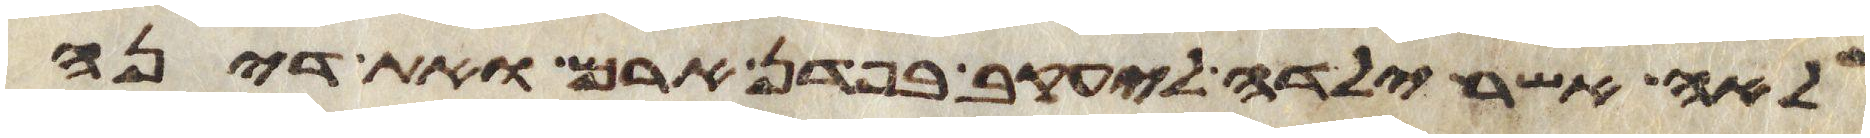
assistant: לאה אשר ילדה ליעקב בפדן ארם ואת דינה